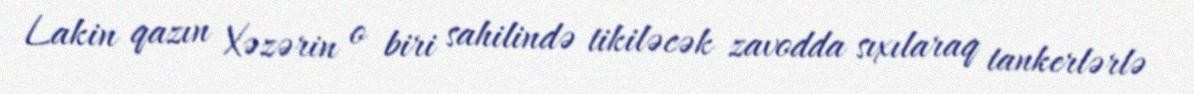
Lakin qazın Xəzərin o biri sahilində tikiləcək zavodda sıxılaraq tankerlərlə